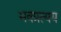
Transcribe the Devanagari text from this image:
भवप्रत्यय